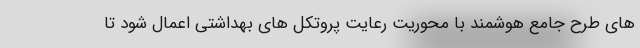
های طرح جامع هوشمند با محوریت رعایت پروتکل های بهداشتی اعمال شود تا